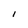
Character: I